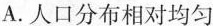
A.人口分布相对均匀